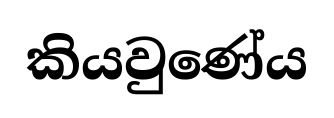
කියවුණේය